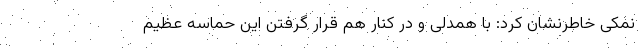
نمکی خاطرنشان کرد: با همدلی و در کنار هم قرار گرفتن این حماسه عظیم